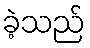
ခဲ့သည်